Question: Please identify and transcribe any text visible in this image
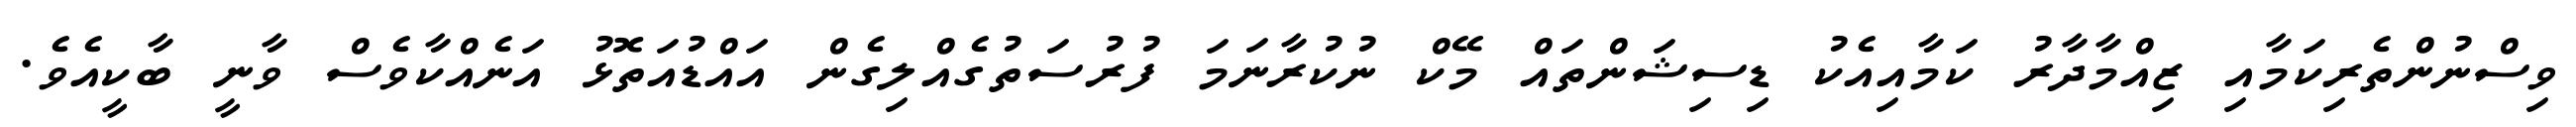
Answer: ވިސްނުންތެރިކަމާއި ޒިއްމާދާރު ކަމާއިއެކު ޑިސިޝަންތައް މޭކް ނުކުރާނަމަ ފުރުސަތުގެއްލިގެން އައްޑުއަތޮޅު އަނެއްކާވެސް ވާނީ ބާކީއެވެ.